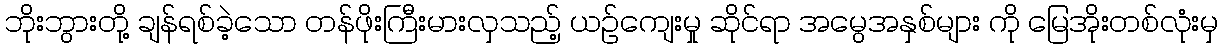
ဘိုးဘွားတို့ ချန်ရစ်ခဲ့သော တန်ဖိုးကြီးမားလှသည့် ယဉ်ကျေးမှု ဆိုင်ရာ အမွေအနှစ်များ ကို မြေအိုးတစ်လုံးမှ